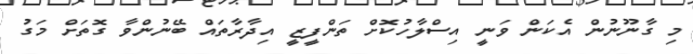
މި ގާނޫނުން އެކަން ވަނީ އިސްލާހުކޮށް ތަންފީޒީ އިދާރާތައް ބޭނުންވާ ގޮތަށް މަގު